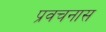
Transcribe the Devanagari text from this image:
प्रवचनास